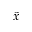
\widetilde { x }